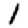
Digit: 1